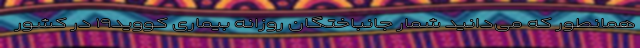
همانطور که می‌دانید شمار جانباختگان روزانه بیماری کووید۱۹ در کشور